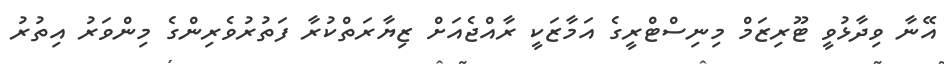
އޭނާ ވިދާޅުވީ ޓޫރިޒަމް މިނިސްޓްރީގެ އަމާޒަކީ ރާއްޖެއަށް ޒިޔާރަތްކުރާ ފަތުރުވެރިންގެ މިންވަރު އިތުރު